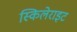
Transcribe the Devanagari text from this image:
स्किलेराइट